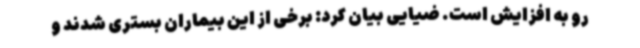
رو به افزایش است. ضیایی بیان کرد: برخی از این بیماران بستری شدند و